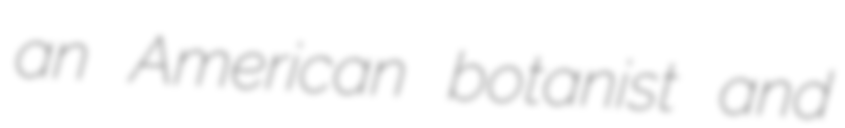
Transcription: an American botanist and